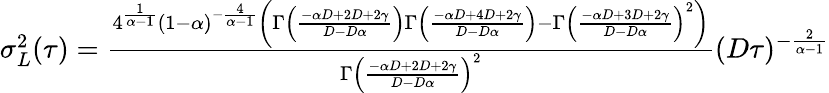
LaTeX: \begin{array}{r}{\sigma_{L}^{2}(\tau)=\frac{4^{\frac{1}{\alpha-1}}(1-\alpha)^{-\frac{4}{\alpha-1}}\left(\Gamma\left(\frac{-\alpha D+2D+2\gamma}{D-D\alpha}\right)\Gamma\left(\frac{-\alpha D+4D+2\gamma}{D-D\alpha}\right)-\Gamma\left(\frac{-\alpha D+3D+2\gamma}{D-D\alpha}\right)^{2}\right)}{\Gamma\left(\frac{-\alpha D+2D+2\gamma}{D-D\alpha}\right)^{2}}(D\tau)^{-\frac{2}{\alpha-1}}}\end{array}